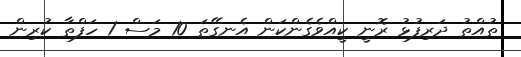
ތުއްތު ދަރިފުޅު ރޮނީ ކީއްވެގެންކަން އެނގޭތަ 10 މަސް 1 ހަފްތާ ކުރިން